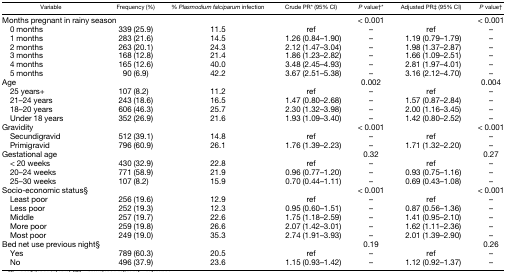
<table><thead><tr><td><b>Variable</b></td><td><b>Frequency (%)</b></td><td><b>% <i>Plasmodium falciparum</i> infection</b></td><td><b>Crude PR* (95% CI)</b></td><td><b><i>P</i> value†*</b></td><td><b>Adjusted PR‡ (95% CI)</b></td><td><b><i>P</i> value†</b></td></tr></thead><tbody><tr><td colspan="2">Months pregnant in rainy season</td><td></td><td></td><td>&lt; 0.001</td><td></td><td>&lt; 0.001</td></tr><tr><td> 0 months</td><td>339 (25.9)</td><td>11.5</td><td>ref</td><td>–</td><td>ref</td><td>–</td></tr><tr><td> 1 months</td><td>283 (21.6)</td><td>14.5</td><td>1.26 (0.84–1.90)</td><td>–</td><td>1.19 (0.79–1.79)</td><td>–</td></tr><tr><td> 2 months</td><td>263 (20.1)</td><td>24.3</td><td>2.12 (1.47–3.04)</td><td>–</td><td>1.98 (1.37–2.87)</td><td>–</td></tr><tr><td> 3 months</td><td>168 (12.8)</td><td>21.4</td><td>1.86 (1.23–2.82)</td><td>–</td><td>1.66 (1.09–2.51)</td><td>–</td></tr><tr><td> 4 months</td><td>165 (12.6)</td><td>40.0</td><td>3.48 (2.45–4.93)</td><td>–</td><td>2.81 (1.97–4.01)</td><td>–</td></tr><tr><td> 5 months</td><td>90 (6.9)</td><td>42.2</td><td>3.67 (2.51–5.38)</td><td>–</td><td>3.16 (2.12–4.70)</td><td>–</td></tr><tr><td>Age</td><td></td><td></td><td></td><td>0.002</td><td></td><td>0.004</td></tr><tr><td> 25 years+</td><td>107 (8.2)</td><td>11.2</td><td>ref</td><td>–</td><td>ref</td><td>–</td></tr><tr><td> 21–24 years</td><td>243 (18.6)</td><td>16.5</td><td>1.47 (0.80–2.68)</td><td>–</td><td>1.57 (0.87–2.84)</td><td>–</td></tr><tr><td> 18–20 years</td><td>606 (46.3)</td><td>25.7</td><td>2.30 (1.32–3.98)</td><td>–</td><td>2.00 (1.16–3.45)</td><td>–</td></tr><tr><td> Under 18 years</td><td>352 (26.9)</td><td>21.6</td><td>1.93 (1.09–3.40)</td><td>–</td><td>1.42 (0.80–2.52)</td><td>–</td></tr><tr><td>Gravidity</td><td></td><td></td><td></td><td>&lt; 0.001</td><td></td><td>&lt; 0.001</td></tr><tr><td> Secundigravid</td><td>512 (39.1)</td><td>14.8</td><td>ref</td><td>–</td><td>ref</td><td>–</td></tr><tr><td> Primigravid</td><td>796 (60.9)</td><td>26.1</td><td>1.76 (1.39–2.23)</td><td>–</td><td>1.71 (1.32–2.20)</td><td>–</td></tr><tr><td>Gestational age</td><td></td><td></td><td></td><td>0.32</td><td></td><td>0.27</td></tr><tr><td> &lt; 20 weeks</td><td>430 (32.9)</td><td>22.8</td><td>ref</td><td>–</td><td>ref</td><td>–</td></tr><tr><td> 20–24 weeks</td><td>771 (58.9)</td><td>21.9</td><td>0.96 (0.77–1.20)</td><td>–</td><td>0.93 (0.75–1.16)</td><td>–</td></tr><tr><td> 25–30 weeks</td><td>107 (8.2)</td><td>15.9</td><td>0.70 (0.44–1.11)</td><td>–</td><td>0.69 (0.43–1.08)</td><td>–</td></tr><tr><td>Socio-economic status§</td><td></td><td></td><td></td><td>&lt; 0.001</td><td></td><td>&lt; 0.001</td></tr><tr><td> Least poor</td><td>256 (19.6)</td><td>12.9</td><td>ref</td><td>–</td><td>ref</td><td>–</td></tr><tr><td> Less poor</td><td>252 (19.3)</td><td>12.3</td><td>0.95 (0.60–1.51)</td><td>–</td><td>0.87 (0.56–1.36)</td><td>–</td></tr><tr><td> Middle</td><td>257 (19.7)</td><td>22.6</td><td>1.75 (1.18–2.59)</td><td>–</td><td>1.41 (0.95–2.10)</td><td>–</td></tr><tr><td> More poor</td><td>259 (19.8)</td><td>26.6</td><td>2.07 (1.42–3.01)</td><td>–</td><td>1.62 (1.11–2.36)</td><td>–</td></tr><tr><td> Most poor</td><td>249 (19.0)</td><td>35.3</td><td>2.74 (1.91–3.93)</td><td>–</td><td>2.01 (1.39–2.90)</td><td>–</td></tr><tr><td>Bed net use previous night§</td><td></td><td></td><td></td><td>0.19</td><td></td><td>0.26</td></tr><tr><td> Yes</td><td>789 (60.3)</td><td>20.5</td><td>ref</td><td>–</td><td>ref</td><td>–</td></tr><tr><td> No</td><td>496 (37.9)</td><td>23.6</td><td>1.15 (0.93–1.42)</td><td>–</td><td>1.12 (0.92–1.37)</td><td>–</td></tr></tbody></table>